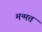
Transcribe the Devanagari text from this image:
मन्मत्त